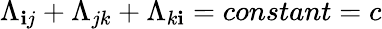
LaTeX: \Lambda_{\mathbf{i}j}+\Lambda_{jk}+\Lambda_{k\mathbf{i}}=constant=c